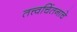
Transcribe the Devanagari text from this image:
तत्त्वचिंतनाचे